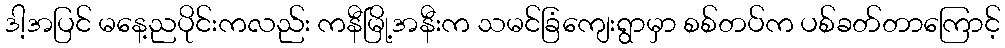
ဒါ့အပြင် မနေ့ညပိုင်းကလည်း ကနီမြို့အနီးက သမင်ခြံကျေးရွာမှာ စစ်တပ်က ပစ်ခတ်တာကြောင့်